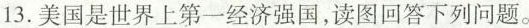
13.美国是世界上第一经济强国，读图回答下列问题。